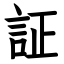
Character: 証